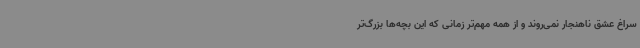
سراغ عشق ناهنجار نمی‌روند و از همه مهم‌تر زمانی که این بچه‌ها بزرگ‌تر